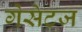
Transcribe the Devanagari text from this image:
गेसेटज